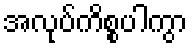
အလုပ်ကိစ္စပါကွာ